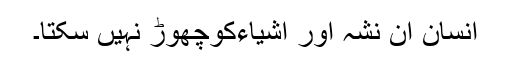
انسان ان نشہ آور اشیاءکوچھوڑ نہیں سکتا۔